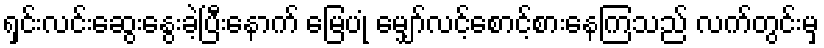
ရှင်းလင်းဆွေးနွေးခဲ့ပြီးနောက် မြေပုံ မျှော်လင့်စောင့်စားနေကြသည် လက်တွင်းမှ